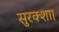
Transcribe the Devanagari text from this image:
सुरक्शा।